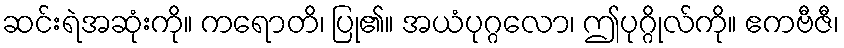
ဆင်းရဲအဆုံးကို။ ကရောတိ၊ ပြု၏။ အယံပုဂ္ဂလော၊ ဤပုဂ္ဂိုလ်ကို။ ဧကဗီဇီ၊